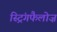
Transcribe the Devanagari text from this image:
स्ट्रिंगफैलोज़